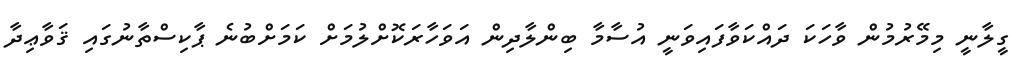
ގީލާނީ މިމޭރުމުން ވާހަކަ ދައްކަވާފައިވަނީ އުސާމާ ބިންލާދިން އަވަހާރަަކޮށްލުމަށް ކަމަށްބުނެ ޕާކިސްތާނުގައި ޤަވާޢިދާ